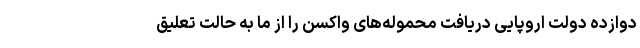
دوازده دولت اروپایی دریافت محموله‌های واکسن را از ما به حالت تعلیق